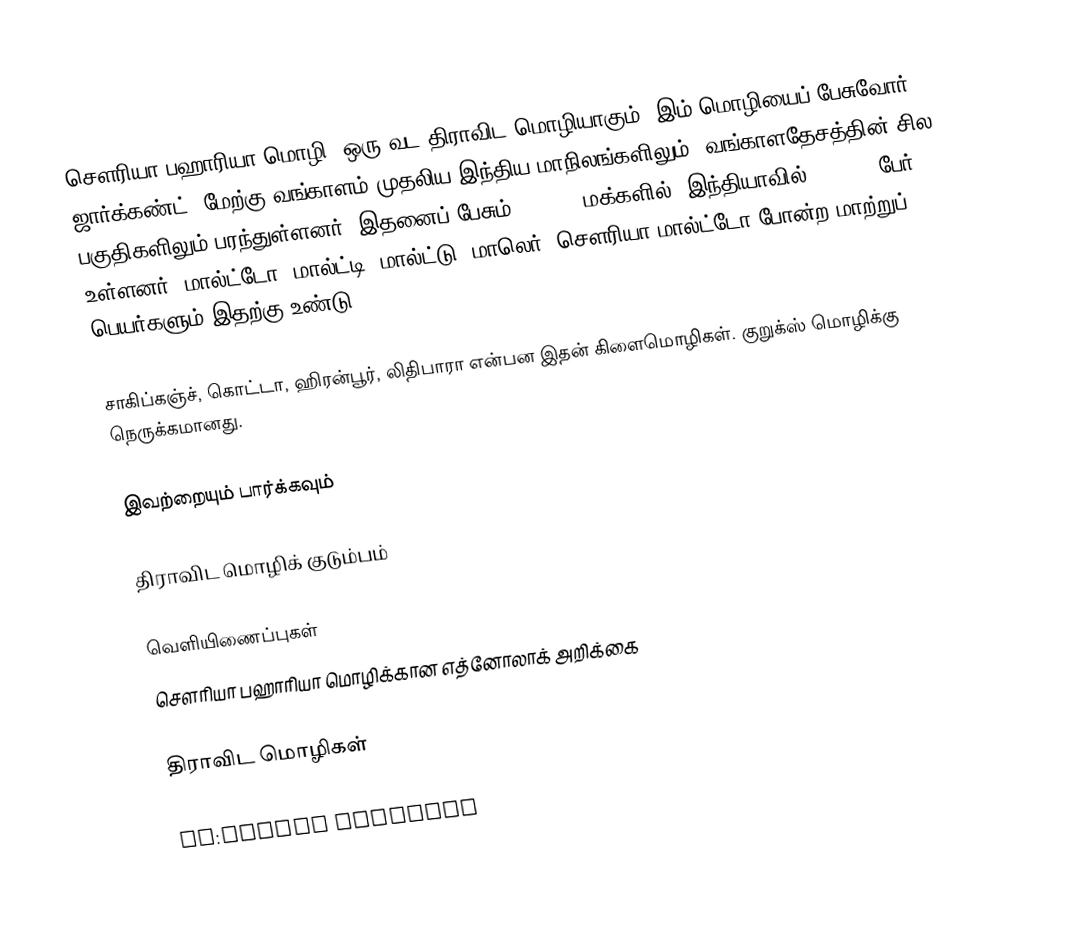
சௌரியா பஹாரியா மொழி, ஒரு வட திராவிட மொழியாகும். இம் மொழியைப் பேசுவோர், ஜார்க்கண்ட், மேற்கு வங்காளம் முதலிய இந்திய மாநிலங்களிலும், வங்காளதேசத்தின் சில பகுதிகளிலும் பரந்துள்ளனர். இதனைப் பேசும் 122,000 மக்களில், இந்தியாவில் 110,000 பேர் உள்ளனர். மால்ட்டோ, மால்ட்டி, மால்ட்டு, மாலெர், சௌரியா மால்ட்டோ போன்ற மாற்றுப் பெயர்களும் இதற்கு உண்டு.

சாகிப்கஞ்ச், கொட்டா, ஹிரன்பூர், லிதிபாரா என்பன இதன் கிளைமொழிகள். குறுக்ஸ் மொழிக்கு நெருக்கமானது.

இவற்றையும் பார்க்கவும்

 திராவிட மொழிக் குடும்பம்

வெளியிணைப்புகள்
 சௌரியா பஹாரியா மொழிக்கான எத்னோலாக் அறிக்கை

திராவிட மொழிகள்

en:Kurukh language